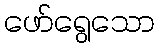
ဖော်ရွေသော